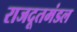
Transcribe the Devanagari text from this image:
राजदूतमंडल